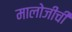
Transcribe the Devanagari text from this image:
मालोजीची